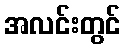
အလင်းတွင်